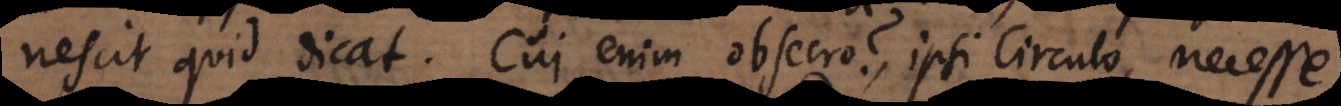
nescit quid dicat. Cui enim obsecro? ipsi Circulo, necesse